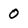
Character: 0